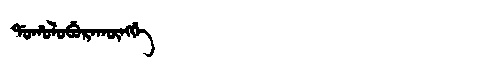
Manchu: ᡩᠣᡥᠣᠯᠣᠪᡠᡵᠠᡴᡡᠩᡤᡝ
Romanization: DOHOLOBURAKŪNGGE